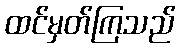
ထင်မှတ်ကြသည်